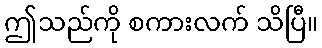
ဤသည်ကို စကားလက် သိပြီ။